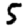
Digit: 5